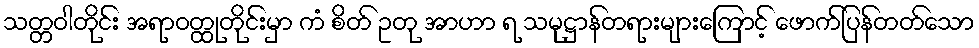
သတ္တဝါတိုင်း အရာဝတ္ထုတိုင်းမှာ ကံ စိတ် ဥတု အာဟာ ရ သမုဋ္ဌာန်တရားများကြောင့် ဖောက်ပြန်တတ်သော